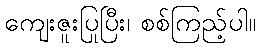
ကျေးဇူးပြုပြီး၊ စစ်ကြည့်ပါ။